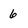
Character: 6